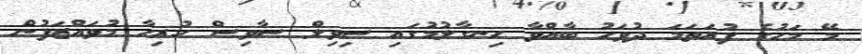
މޭ މަހުގެ ފުރަތަމަ ދުވަހު ބާއްވާ ހިނގާލުމުގައި ސިވިލް ސާވިސް ހުރިހާ މުވައްޒަފުން